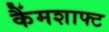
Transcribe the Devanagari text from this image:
कैंमशाफ्ट